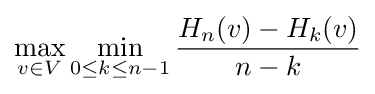
\max _{v\in V}\min _{0\leq k\leq n-1}{\frac {H_{n}(v)-H_{k}(v)}{n-k}}